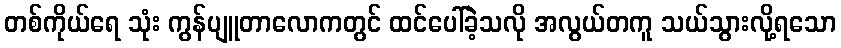
တစ်ကိုယ်ရေ သုံး ကွန်ပျူတာလောကတွင် ထင်ပေါ်ခဲ့သလို အလွယ်တကူ သယ်သွားလို့ရသော